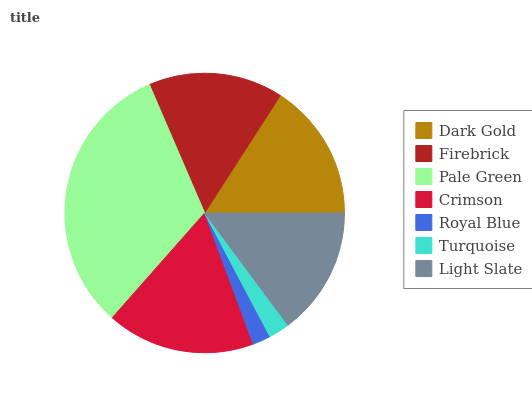
| Dark Gold | Firebrick | Pale Green | Crimson | Royal Blue | Turquoise | Light Slate |
 | --- | --- | --- | --- | --- | --- | --- |
 | 15.9% | 15.6% | 32% | 17.2% | 2.07% | 2.44% | 14.8% |